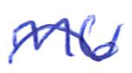
Text: M6
Cross-out: wave
Writing tool: ballpoint